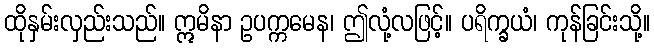
ထိုနှမ်းလှည်းသည်။ ဣမိနာ ဥပက္ကမေန၊ ဤလုံ့လဖြင့်။ ပရိက္ခယံ၊ ကုန်ခြင်းသို့။